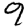
Digit: 9